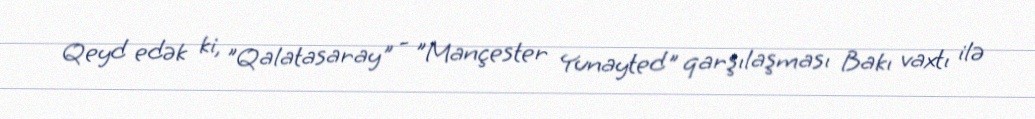
Qeyd edək ki, "Qalatasaray" - "Mançester Yunayted" qarşılaşması Bakı vaxtı ilə